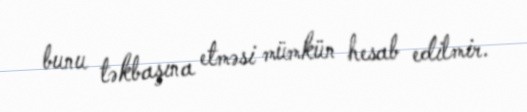
bunu təkbaşına etməsi mümkün hesab edilmir.